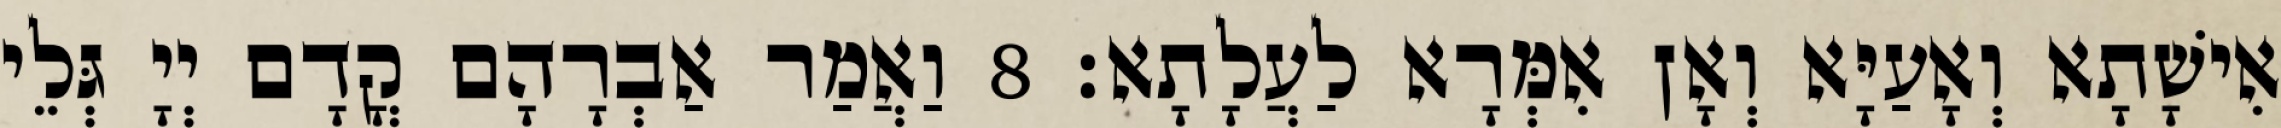
אִישָׁתָא וְאָעַיָּא וְאָן אִמְּרָא לַעֲלָתָא׃ 8 וַאֲמַר אַבְרָהָם קֳדָם יְיָ גְּלֵי